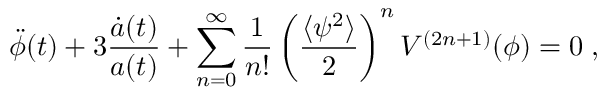
\ddot { \phi } ( t ) + 3 \frac { \dot { a } ( t ) } { a ( t ) } + \sum _ { n = 0 } ^ { \infty } \frac { 1 } { n ! } \left( \frac { \langle \psi ^ { 2 } \rangle } { 2 } \right) ^ { n } V ^ { ( 2 n + 1 ) } ( \phi ) = 0 \; ,